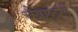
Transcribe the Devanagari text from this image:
चैत्राष्टमी